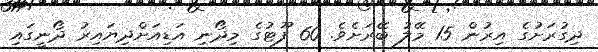
ދިގުރަށުގެ އިރުން 15 މޭލު ބޭރަށެވެ. 60 ފޫޓުގެ މިދޯނި އަޑިއަށްދިޔައިރު ދޯނީގައި